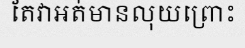
តែវាអត់មានលុយព្រោះ